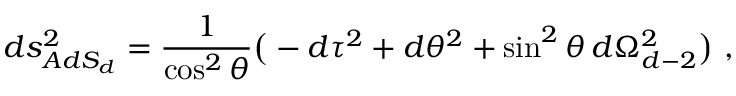
d s _ { A d S _ { d } } ^ { 2 } = { \frac { 1 } { \cos ^ { 2 } \theta } } \big ( - d \tau ^ { 2 } + d \theta ^ { 2 } + \sin ^ { 2 } \theta \, d \Omega _ { d - 2 } ^ { 2 } \big ) \ ,